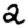
Digit: 2